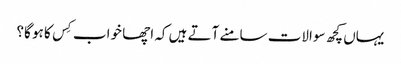
یہاں کچھ سوالات سامنے آتے ہیں کہ اچھا خواب کِس کا ہو گا؟